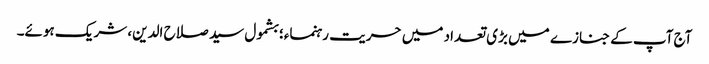
آج آپ کے جنازے میں بڑی تعداد میں حریت رہنماء؛ بشمول سید صلاح الدین، شریک ہوئے۔